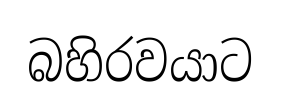
බහිරවයාට